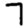
Digit: 7